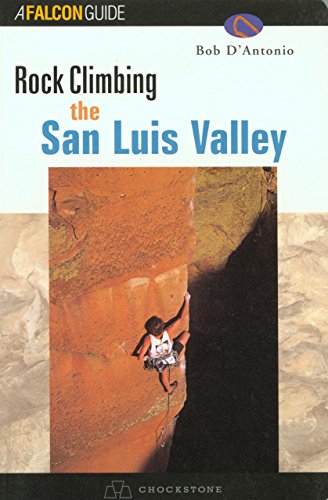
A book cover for Rock Climbing the San Luis Valley; Bob D'antonio; Sports & Outdoors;